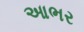
આભર